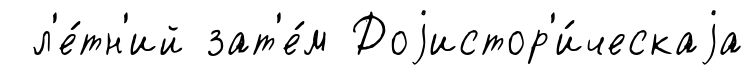
л'е́тн'ий зат'е́м Доjистор'и́ческаjа